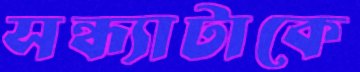
সন্ধ্যাটাকে